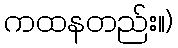
ကထနတည်း။)